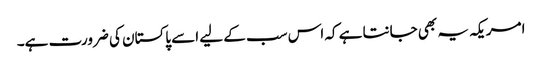
امریکہ یہ بھی جانتا ہے کہ اس سب کے لیے اسے پاکستان کی ضرورت ہے۔